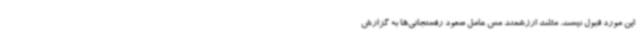
این مورد قبول نیست. مثلث ارزشمند مس عامل صعود رفسنجانی‌ها به گزارش